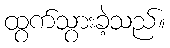
ထွက်သွားခဲ့သည်။